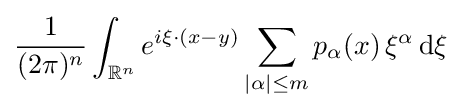
{\frac {1}{(2\pi )^{n}}}\int _{\mathbb {R} ^{n}}e^{i\xi \cdot (x-y)}\sum \limits _{|\alpha |\leq m}p_{\alpha }(x)\,\xi ^{\alpha }\,\mathrm {d} \xi